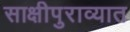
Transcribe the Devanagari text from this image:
साक्षीपुराव्यात